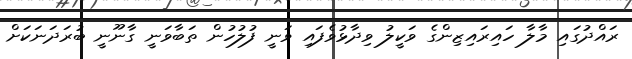
ރައްދުގައި މާލާ ހައިރައިޒިންގެ ވަކީލު ވިދާޅުވެފައި ވަނީ ފުލުހުން ތަބާވަނީ ގާނޫނީ ބުރަދަނަކަށް